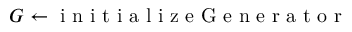
G \gets \mathrm { ~ i ~ n ~ i ~ t ~ i ~ a ~ l ~ i ~ z ~ e ~ G ~ e ~ n ~ e ~ r ~ a ~ t ~ o ~ r ~ }